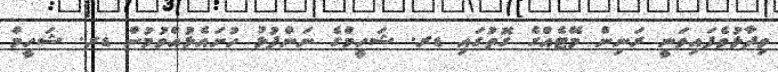
ވިދާޅުވެފައިވަނީ ރަނިން މޭޓެއްގެ ގޮތުގައި ޑރ. ޝަހީމްގެ ނަންފުޅު ހުށައެޅުއްވުމުން ޑރ. ޝަހީމް